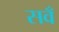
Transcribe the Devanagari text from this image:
सवँ